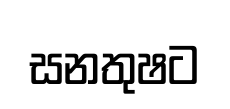
සනතුෂට